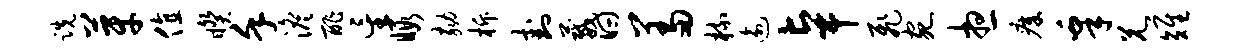
跣芽值睽堇澹酢星暇劾柝卦葳曰羞梳逾卓飞宛想瘴皋兄雉